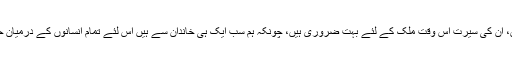
رابطہ ملت کے ضلع جنرل سکریٹری محمد طلحہ سدی باپا نے کہاکہ حضرت محمد ﷺ کی تعلیمات آفاقی ہیں، ان کی سیرت اس وقت ملک کے لئے بہت ضروری ہیں، چونکہ ہم سب ایک ہی خاندان سے ہیں اس لئے تمام انسانوں کے درمیان حضرت محمد ﷺ کی سیرت کو عام کرنے کے لئے مٹھائی کے ساتھ کتابچے تقسیم کئے جانے کی بات کہی۔